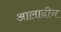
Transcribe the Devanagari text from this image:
आलादीन